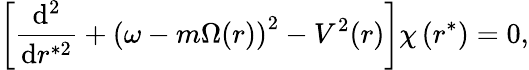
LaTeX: \left[\frac{\mathrm{d}^{2}}{\mathrm{d}r^{*2}}+\left(\omega-m\Omega(r)\right)^{2}-V^{2}(r)\right]\chi\left(r^{*}\right)=0,